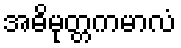
အဓိမုတ္တကမာလံ